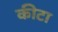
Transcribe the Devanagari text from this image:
कीटा